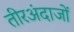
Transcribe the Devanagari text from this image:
तीरअंदाजों